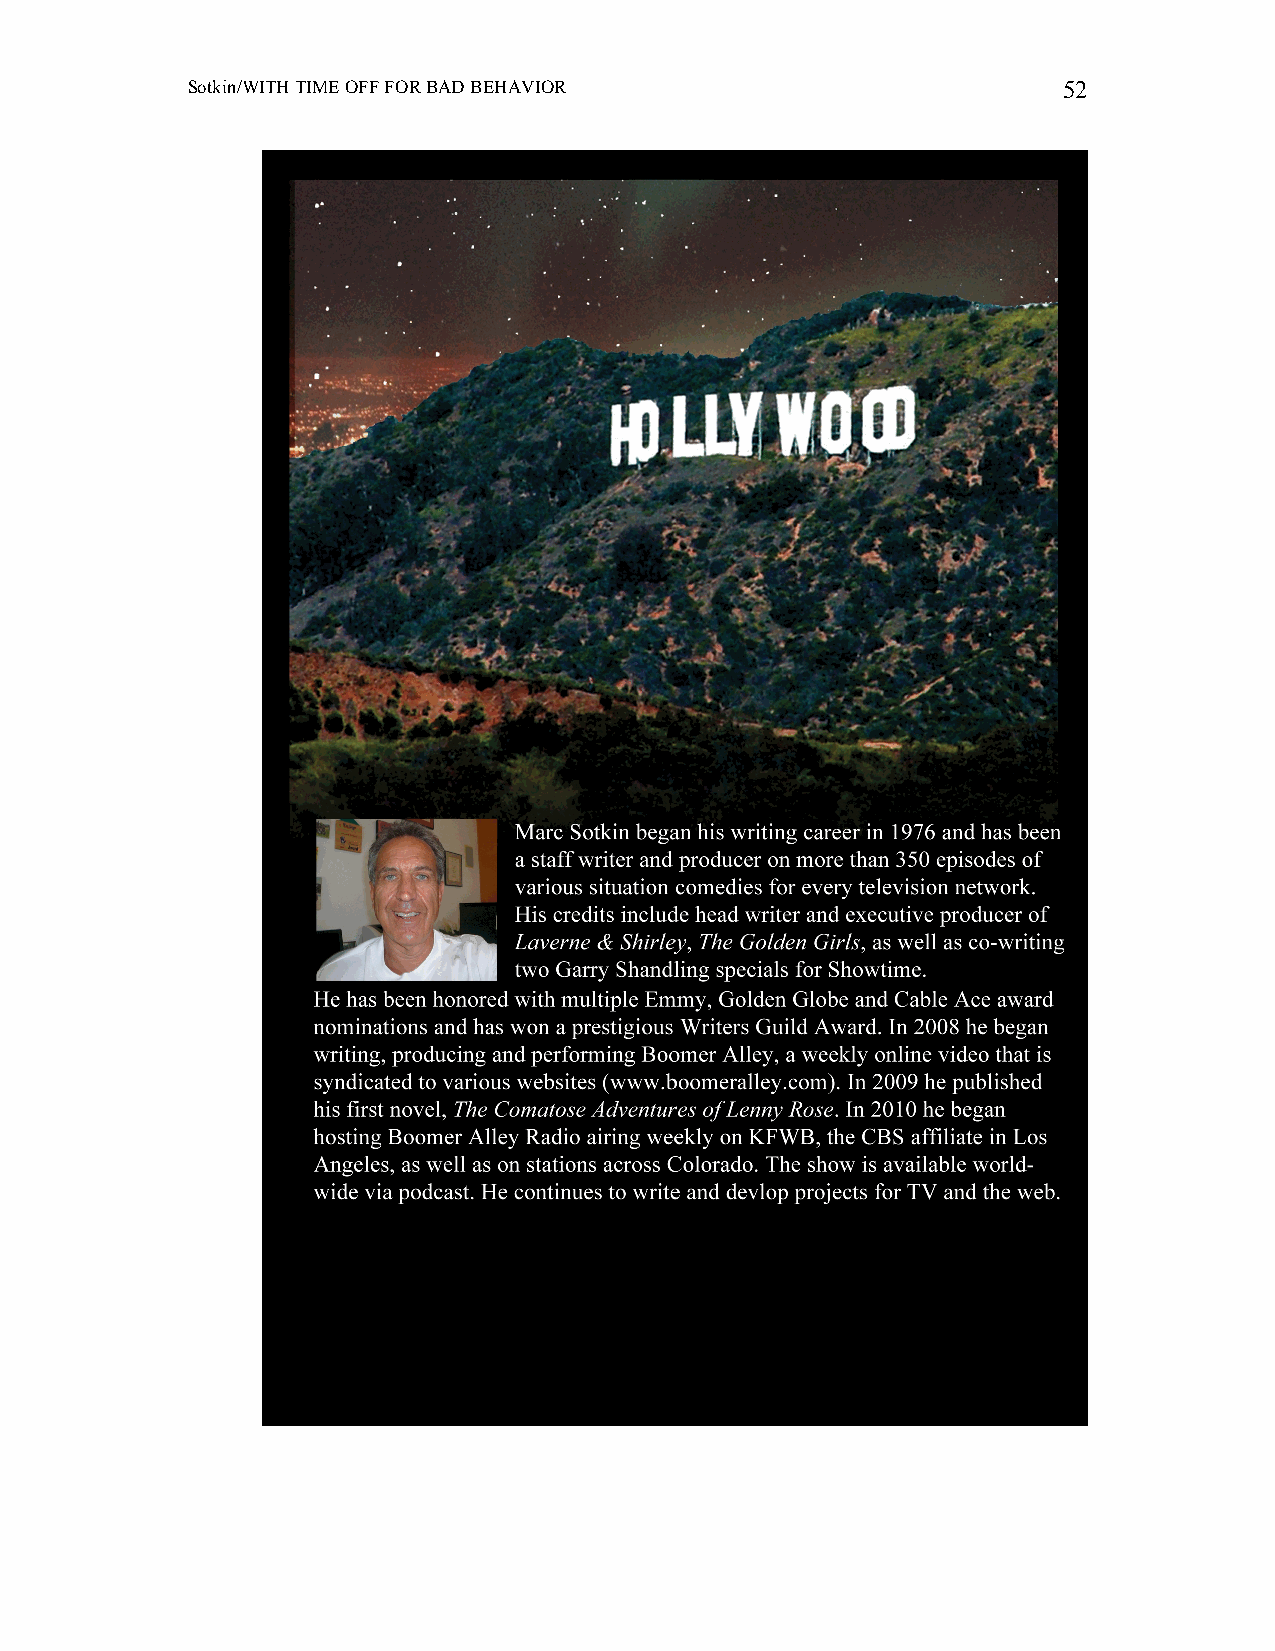
Sotkin/WITH TIME OFF FOR BAD BEHAVIOR                     52